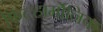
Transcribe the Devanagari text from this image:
फ़िल्हार्मोनिक